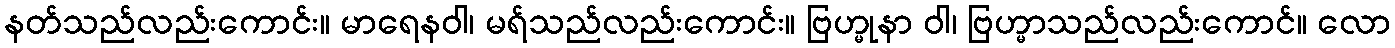
နတ်သည်လည်းကောင်း။ မာရေနဝါ၊ မရ်သည်လည်းကောင်း။ ဗြဟ္မုနာ ဝါ၊ ဗြဟ္မာသည်လည်းကောင်။ လော